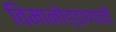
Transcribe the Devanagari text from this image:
विमानोड्डाणाची